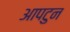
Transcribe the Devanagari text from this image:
आपटुन